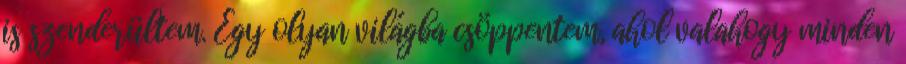
is szenderültem. Egy olyan világba csöppentem, ahol valahogy minden